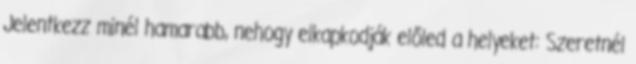
Jelentkezz minél hamarabb, nehogy elkapkodják előled a helyeket: Szeretnél